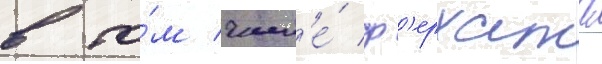
в то́м числ'е́ ф'ерхата